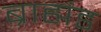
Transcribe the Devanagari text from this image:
ब्राह्मंड